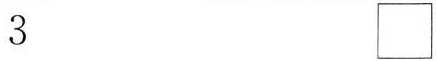
3 \Box